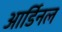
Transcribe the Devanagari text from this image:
आर्डिनल